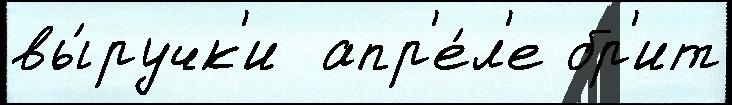
вы́ручк'и  апр'е́л'е бр'ит